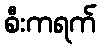
စီးကရက်